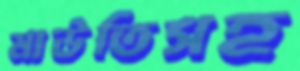
মাউতিসহ